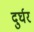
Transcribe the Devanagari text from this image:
दुर्घर